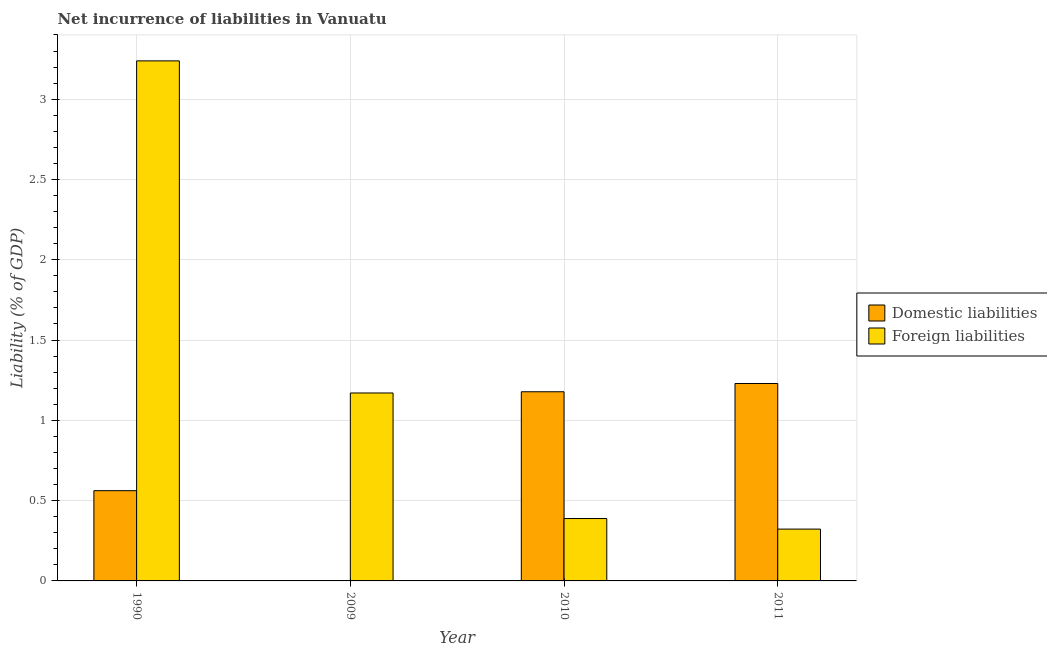
| Year | Domestic liabilities | Foreign liabilities |
 | --- | --- | --- |
 | 1990 | 0.562 | 3.24 |
 | 2009 | -0.151 | 1.17 |
 | 2010 | 1.18 | 0.388 |
 | 2011 | 1.23 | 0.323 |